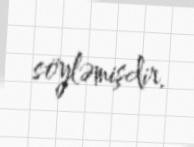
söyləmişdir.